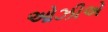
ઓઝીએ